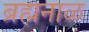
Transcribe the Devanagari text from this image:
ब्रह्मनाळ